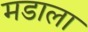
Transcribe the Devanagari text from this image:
मडाला